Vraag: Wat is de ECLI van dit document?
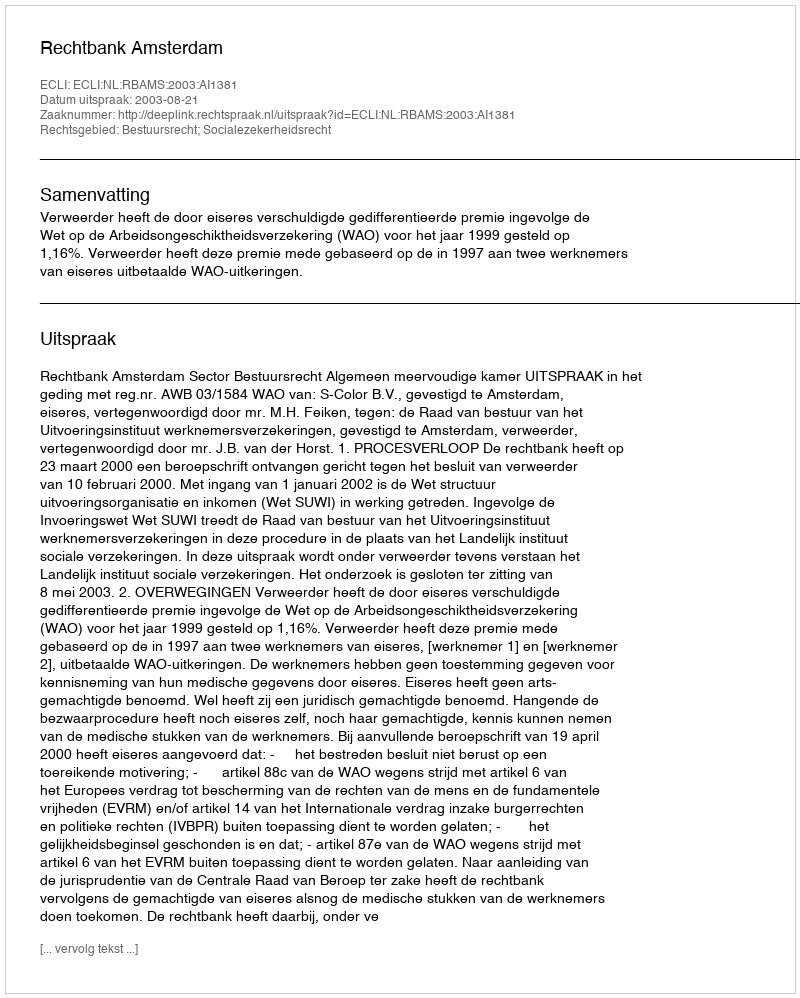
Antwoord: ECLI:NL:RBAMS:2003:AI1381